Report on the Nagpur School of Medicine, Central Provinces
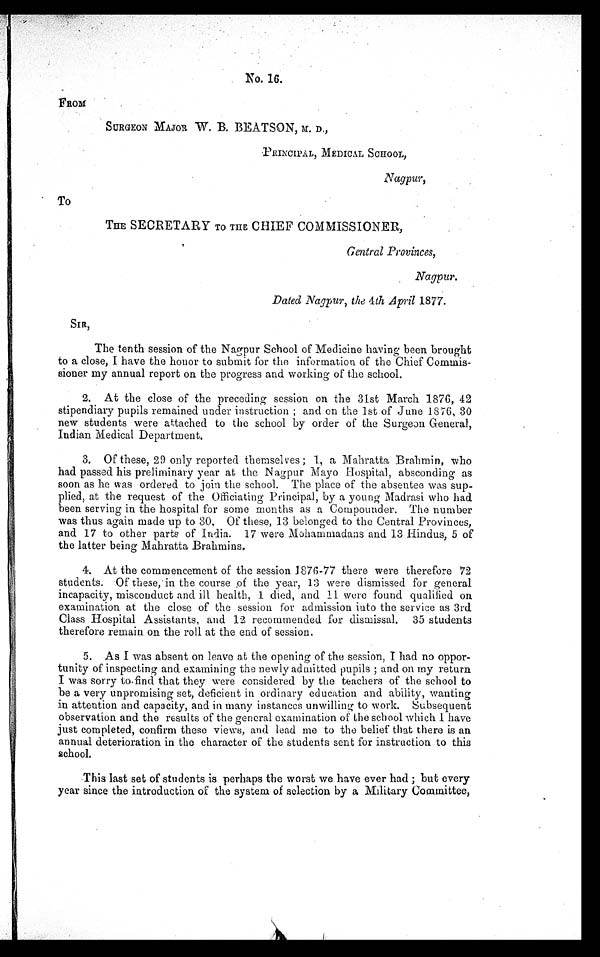
No. 16.
FROM
SURGEON MAJOR W. B. BEATSON, M. D.,
PRINCIPAL, MEDICAL SCHOOL,
Nagpur,
To
THE SECRETARY TO THE CHIEF COMMISSIONER,
Gentral Provinces,
Nagpur.
Dated Nagpur, the 4th April 1877.
SIR,
The tenth session of the Nagpur School of Medicine having been brought
to a close, I have the honor to submit for the information of the Chief Commis-
sioner my annual report on the progress and working of the school.
2. At the close of the preceding session on the 31st March 1876, 42
stipendiary pupils remained under instruction; and on the 1st of June 1876, 30
new students were attached to the school by order of the Surgeon General,
Indian Medical Department.
3. Of these, 29 only reported themselves; 1, a Mahratta Brahmin, who
had passed his preliminary year at the Nagpur Mayo Hospital, absconding as
soon as he was ordered to join the school. The place of the absentee was sup-
plied, at the request of the Officiating Principal, by a young Madrasi who had
been serving in the hospital for some months as a Compounder. The number
was thus again made up to 30. Of these, 13 belonged to the Central Provinces,
and 17 to other parts of India. 17 were Mohammadans and 13 Hindus, 5 of
the latter being Mahratta Brahmins.
4. At the commencement of the session 1876-77 there were therefore 72
students. Of these, in the course of the year, 13 were dismissed for general
incapacity, misconduct and ill health, 1 died, and 11 were found qualified on
examination at the close of the session for admission into the service as 3rd
Class Hospital Assistants, and 12 recommended for dismissal. 35 students
therefore remain on the roll at the end of session.
5. As I was absent on leave at the opening of the session, I had no oppor
-tunity of inspecting and examining the newly admitted pupils; and on my return
I was sorry to-find that they were considered by the teachers of the school to
be a very unpromising set, deficient in ordinary education and ability, wanting
in attention and capacity, and in many instances unwilling to work. Subsequent
observation and the results of the general examination of the school which I have
just completed, confirm these views, and lead me to the belief that there is an
annual deterioration in the character of the students sent for instruction to this
school.
This last set of students is perhaps the worst we have ever had; but every
year since the introduction of the system of selection by a Military Committee,